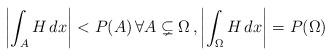
LaTeX: \begin{align*}\left | \int_A H\, dx\right| < P(A)\, \forall A\subsetneq \Omega\,,\left| \int_\Omega H\, dx \right| =P(\Omega)\end{align*}